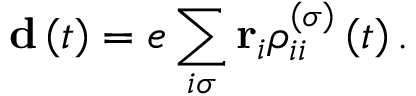
\mathbf { d } \left( t \right) = e \sum _ { i \sigma } \mathbf { r } _ { i } \rho _ { i i } ^ { \left( \sigma \right) } \left( t \right) .